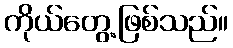
ကိုယ်တွေ့ဖြစ်သည်။